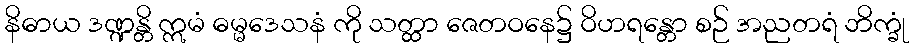
နိဓာယ ဒဏ္ဍန္တိ ဣမံ ဓမ္မဒေသနံ ကို သတ္ထာ ဇေတဝနေ၌ ဝိဟရန္တော စဉ် အညတရံ ဘိက္ခုံ